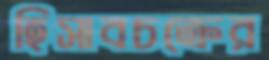
হিসাবচক্রের